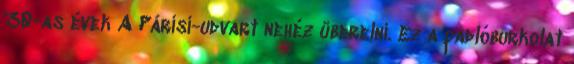
'30-as évek A Párisi-udvart nehéz überelni. Ez a padlóburkolat